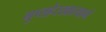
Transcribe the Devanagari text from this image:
गुप्तहेरखात्याने